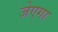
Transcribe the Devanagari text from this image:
जेएगा